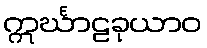
ဣင်္ဃာဠခုယာဝ